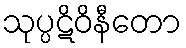
သုပ္ပဋိဝိနီတော